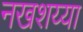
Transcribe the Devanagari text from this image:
नखशय्या